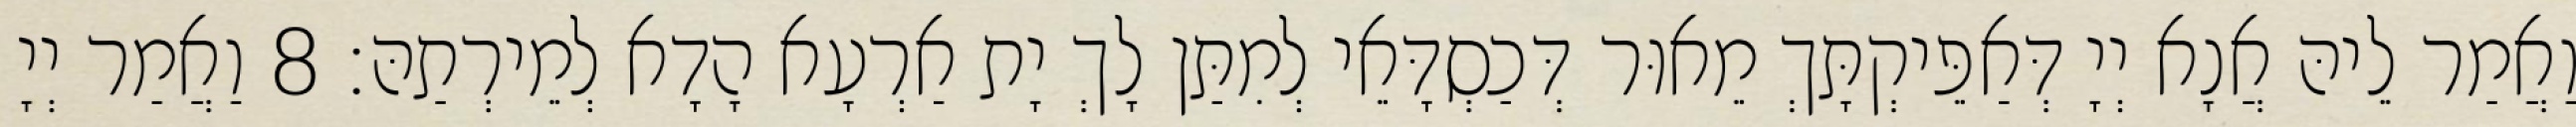
וַאֲמַר לֵיהּ אֲנָא יְיָ דְּאַפֵּיקְתָּךְ מֵאוּר דְּכַסְדָּאֵי לְמִתַּן לָךְ יָת אַרְעָא הָדָא לְמֵירְתַהּ׃ 8 וַאֲמַר יְיָ